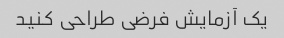
یک آزمایش فرضی طراحی کنید